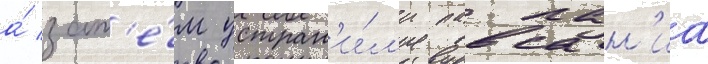
а́ зат'е́м устран'и́л'и павсан'иа